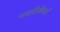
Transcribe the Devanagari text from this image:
नजदीकीयाँ